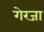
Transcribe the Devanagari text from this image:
गेरजा